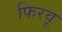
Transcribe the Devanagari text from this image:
फिरवू